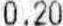
0.20